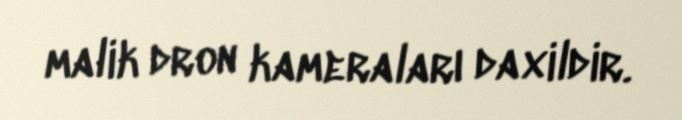
malik dron kameraları daxildir.